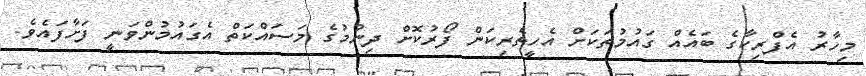
މިހާރު އެފްރިކާގެ ބައެއް ގައުމުތަކަށް އެހީތެރިކަން ފޯރުކޮށް ދިނުމުގެ މަސައްކަތް އެގައުމުންވަނީ ފަށާފައެވެ.